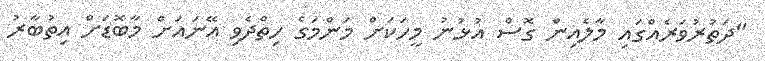
"ދަތުރުވަރެއްގައި މާލެއިން ގޮސް އުޅުނު މީހަކަށް މަންމަގެ ހިތްދެވި އޭނައަށް މާބޮޑަށް އިތުބާރު